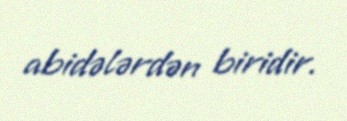
abidələrdən biridir.